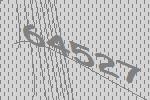
64527